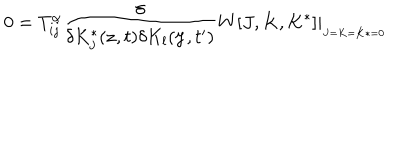
0 = T _ { i j } ^ { \alpha } \frac { \delta } { \delta K _ { j } ^ { * } ( \mathbf { z } , t ) \delta K _ { l } ( \mathbf { y } , t ^ { \prime } ) } W [ J , K , K ^ { * } ] \mid _ { _ { _ { J = K = K * = 0 } } }